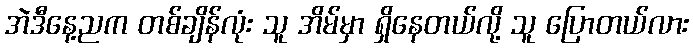
အဲဒီနေ့ညက တစ်ချိန်လုံး သူ အိမ်မှာ ရှိနေတယ်လို့ သူ ပြောတယ်လား